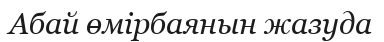
Абай өмірбаянын жазуда